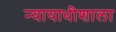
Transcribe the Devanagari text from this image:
न्यायाधीशाला